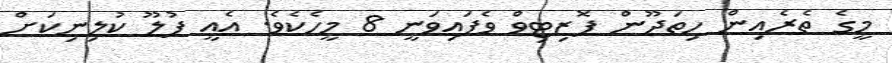
މީގެ ތެރެއިން ހިތަދޫން ޕޮޒިޓިވް ވެފައިވަނީ 8 މީހެކެވެ. އެއީ ފުލޫ ކުލިނިކަށް